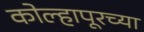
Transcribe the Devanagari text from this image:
कोल्हापूरच्‍या